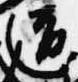
道